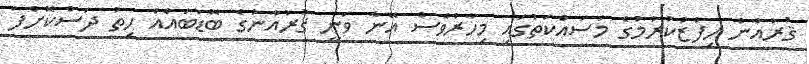
ޤުރުއާން ހިފްޒުކުރުމުގެ މަސައްކަތުގައި މިހާރުވެސް އޭނާ ވަނީ ޤުރުއާނުގެ ބޮޑުބައެއް ހިތު ދަސްކޮށްފަ